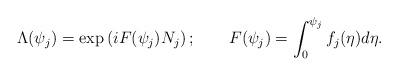
LaTeX: \begin{align*}\Lambda (\psi _{j})=\exp \left( iF(\psi _{j})N_{j}\right) ;\qquad F(\psi_{j})=\int_{0}^{\psi _{j}}f_{j}(\eta )d\eta . \end{align*}